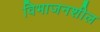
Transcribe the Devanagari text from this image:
विभाजनशील